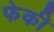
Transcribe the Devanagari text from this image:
फेकी